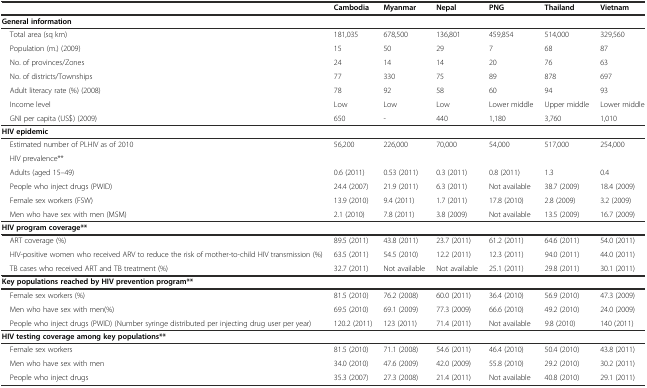
<table><thead><tr><td></td><td><b>Cambodia</b></td><td><b>Myanmar</b></td><td><b>Nepal</b></td><td><b>PNG</b></td><td><b>Thailand</b></td><td><b>Vietnam</b></td></tr></thead><tbody><tr><td><b>General information</b></td><td></td><td></td><td></td><td></td><td></td><td></td></tr><tr><td> Total area (sq km)</td><td>181,035</td><td>678,500</td><td>136,801</td><td>459,854</td><td>514,000</td><td>329,560</td></tr><tr><td> Population (m.) (2009)</td><td>15</td><td>50</td><td>29</td><td>7</td><td>68</td><td>87</td></tr><tr><td> No. of provinces/Zones</td><td>24</td><td>14</td><td>14</td><td>20</td><td>76</td><td>63</td></tr><tr><td> No. of districts/Townships</td><td>77</td><td>330</td><td>75</td><td>89</td><td>878</td><td>697</td></tr><tr><td> Adult literacy rate (%) (2008)</td><td>78</td><td>92</td><td>58</td><td>60</td><td>94</td><td>93</td></tr><tr><td> Income level</td><td>Low</td><td>Low</td><td>Low</td><td>Lower middle</td><td>Upper middle</td><td>Lower middle</td></tr><tr><td> GNI per capita (US$) (2009)</td><td>650</td><td>-</td><td>440</td><td>1,180</td><td>3,760</td><td>1,010</td></tr><tr><td><b>HIV epidemic</b></td><td></td><td></td><td></td><td></td><td></td><td></td></tr><tr><td> Estimated number of PLHIV as of 2010</td><td>56,200</td><td>226,000</td><td>70,000</td><td>54,000</td><td>517,000</td><td>254,000</td></tr><tr><td> HIV prevalence**</td><td></td><td></td><td></td><td></td><td></td><td></td></tr><tr><td> Adults (aged 15–49)</td><td>0.6 (2011)</td><td>0.53 (2011)</td><td>0.3 (2011)</td><td>0.8 (2011)</td><td>1.3</td><td>0.4</td></tr><tr><td> People who inject drugs (PWID)</td><td>24.4 (2007)</td><td>21.9 (2011)</td><td>6.3 (2011)</td><td>Not available</td><td>38.7 (2009)</td><td>18.4 (2009)</td></tr><tr><td> Female sex workers (FSW)</td><td>13.9 (2010)</td><td>9.4 (2011)</td><td>1.7 (2011)</td><td>17.8 (2010)</td><td>2.8 (2009)</td><td>3.2 (2009)</td></tr><tr><td> Men who have sex with men (MSM)</td><td>2.1 (2010)</td><td>7.8 (2011)</td><td>3.8 (2009)</td><td>Not available</td><td>13.5 (2009)</td><td>16.7 (2009)</td></tr><tr><td><b>HIV program coverage**</b></td><td></td><td></td><td></td><td></td><td></td><td></td></tr><tr><td> ART coverage (%)</td><td>89.5 (2011)</td><td>43.8 (2011)</td><td>23.7 (2011)</td><td>61.2 (2011)</td><td>64.6 (2011)</td><td>54.0 (2011)</td></tr><tr><td> HIV-positive women who received ARV to reduce the risk of mother-to-child HIV transmission (%)</td><td>63.5 (2011)</td><td>54.5 (2010)</td><td>12.2 (2011)</td><td>12.3 (2011)</td><td>94.0 (2011)</td><td>44.0 (2011)</td></tr><tr><td> TB cases who received ART and TB treatment (%)</td><td>32.7 (2011)</td><td>Not available</td><td>Not available</td><td>25.1 (2011)</td><td>29.8 (2011)</td><td>30.1 (2011)</td></tr><tr><td><b>Key populations reached by HIV prevention program**</b></td><td></td><td></td><td></td><td></td><td></td><td></td></tr><tr><td> Female sex workers (%)</td><td>81.5 (2010)</td><td>76.2 (2008)</td><td>60.0 (2011)</td><td>36.4 (2010)</td><td>56.9 (2010)</td><td>47.3 (2009)</td></tr><tr><td> Men who have sex with men(%)</td><td>69.5 (2010)</td><td>69.1 (2009)</td><td>77.3 (2009)</td><td>66.6 (2010)</td><td>49.2 (2010)</td><td>24.0 (2009)</td></tr><tr><td> People who inject drugs (PWID) (Number syringe distributed per injecting drug user per year)</td><td>120.2 (2011)</td><td>123 (2011)</td><td>71.4 (2011)</td><td>Not available</td><td>9.8 (2010)</td><td>140 (2011)</td></tr><tr><td><b>HIV testing coverage among key populations**</b></td><td></td><td></td><td></td><td></td><td></td><td></td></tr><tr><td> Female sex workers</td><td>81.5 (2010)</td><td>71.1 (2008)</td><td>54.6 (2011)</td><td>46.4 (2010)</td><td>50.4 (2010)</td><td>43.8 (2011)</td></tr><tr><td> Men who have sex with men</td><td>34.0 (2010)</td><td>47.6 (2009)</td><td>42.0 (2009)</td><td>55.8 (2010)</td><td>29.2 (2010)</td><td>30.2 (2011)</td></tr><tr><td> People who inject drugs</td><td>35.3 (2007)</td><td>27.3 (2008)</td><td>21.4 (2011)</td><td>Not available</td><td>40.8 (2010)</td><td>29.1 (2011)</td></tr></tbody></table>